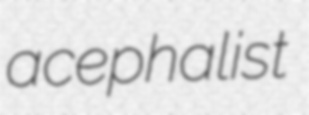
acephalist